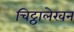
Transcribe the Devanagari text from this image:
चिट्ठालेखन